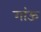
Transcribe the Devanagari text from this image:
गांऊ